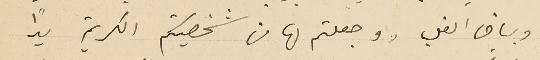
وبياض القلب ووجعلتم لها من شخصيتكم الكريمة يداً